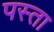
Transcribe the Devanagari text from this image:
पस्ता